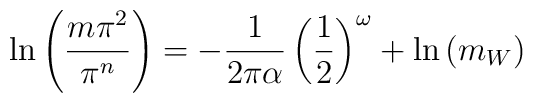
\ln \left(\frac{m\pi^2}{\pi^n}\right) = -\frac{1}{2\pi\alpha}\left(\frac{1}{2}\right)^{\omega} + \ln \left(m_W\right)